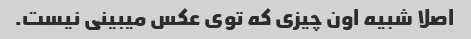
اصلا شبیه اون چیزی که توی عکس میبینی نیست.